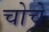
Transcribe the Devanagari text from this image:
चोचे